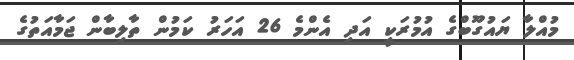
މުއްލާ ޔައުގޫބްގެ އުމުރަކީ އަދި އެންމެ 26 އަހަރު ކަމުން ތާލިބާން ޖަމާއަތުގެ